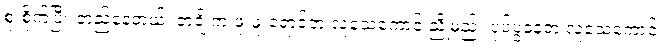
စူးစိုက်ပြီး တည်နေတယ်၊ တချို့က ဖူးဖူးရောင်တဲ့ လူသေကောင် ညိုမည်း ပုပ်ပွနေတဲ့ လူသေကောင်